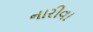
નારીવા